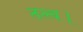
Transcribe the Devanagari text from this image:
तत्त्व।